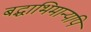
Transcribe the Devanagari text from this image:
बद्धाभिमान्यपि